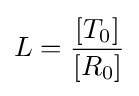
L={\frac {\left[T_{0}\right]}{\left[R_{0}\right]}}